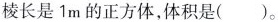
棱长是1m的正方体，体积是()。